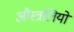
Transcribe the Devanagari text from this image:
औस्त्रलियो